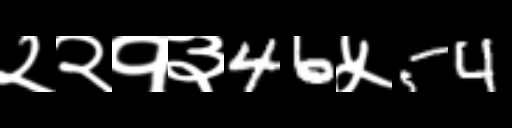
Text: २२१३46५54